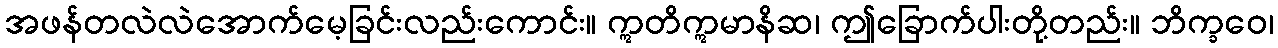
အဖန်တလဲလဲအောက်မေ့ခြင်းလည်းကောင်း။ ဣတိဣမာနိဆ၊ ဤခြောက်ပါးတို့တည်း။ ဘိက္ခဝေ၊